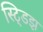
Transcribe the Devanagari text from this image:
स्ट्डिझ